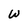
Character: W